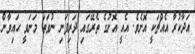
އަދާކުރާ އެއްޗަކީ އޮށެވެ. އެއީ އޮށުގެ ތެރޭގައި ދަރިފަނި ނުވަތަ މަނަވީ ޙައިވާން